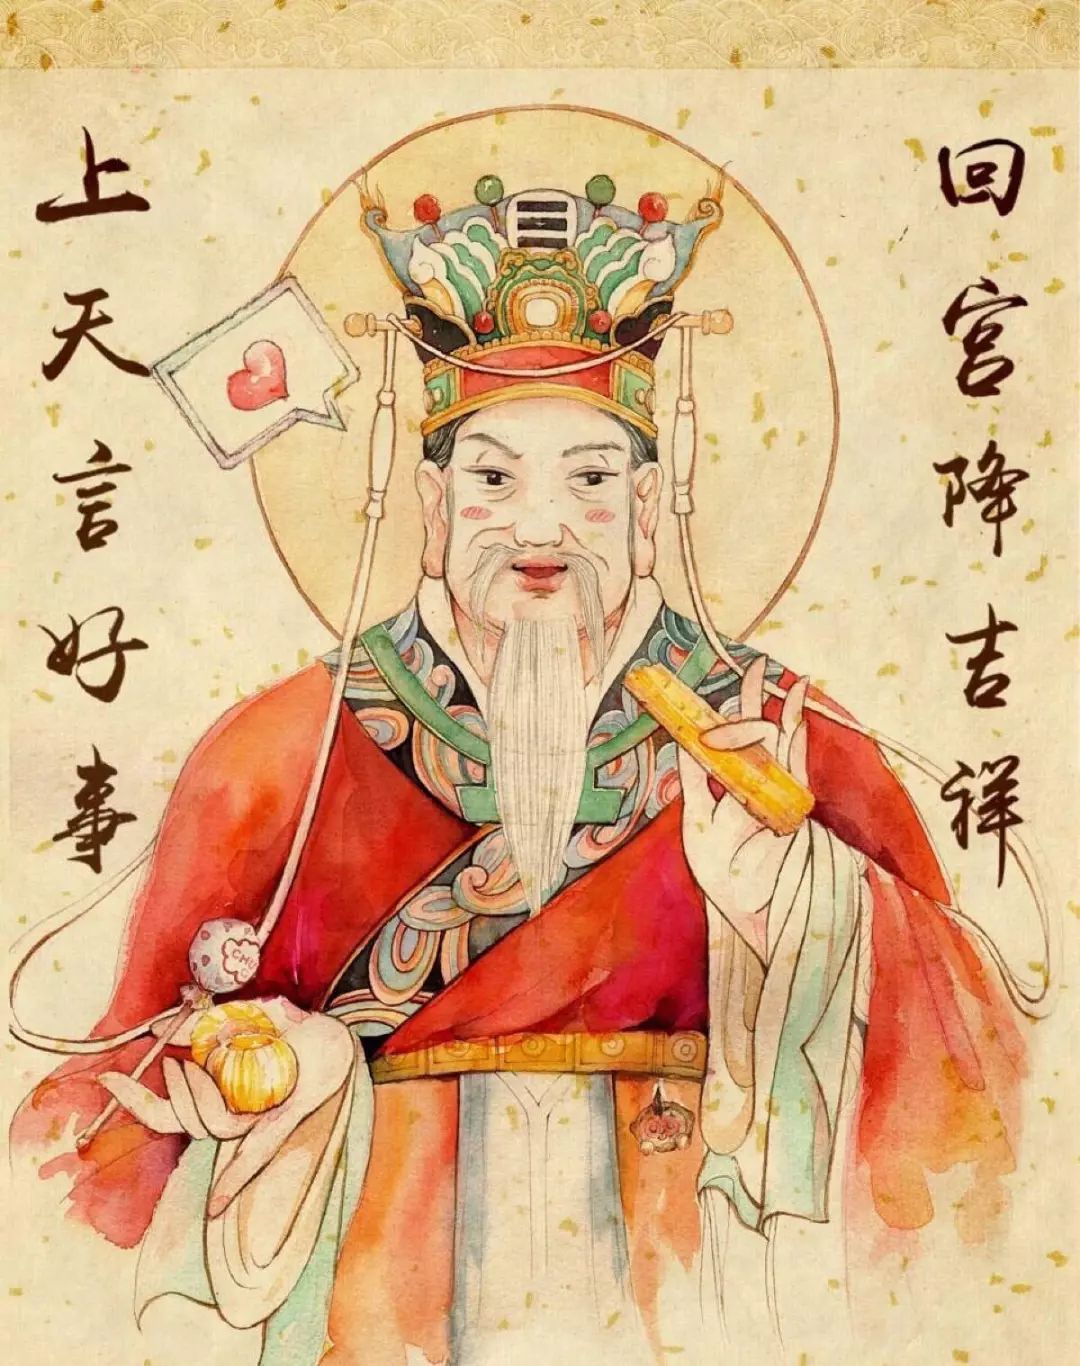
爱子心无尽，归家喜及辰。